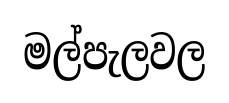
මල්පැලවල